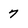
Character: 7